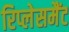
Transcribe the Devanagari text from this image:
रिप्लेसमैंट